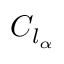
\ C _ { l _ { \alpha } }